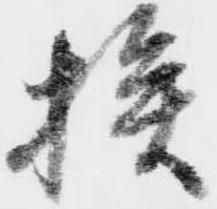
挨